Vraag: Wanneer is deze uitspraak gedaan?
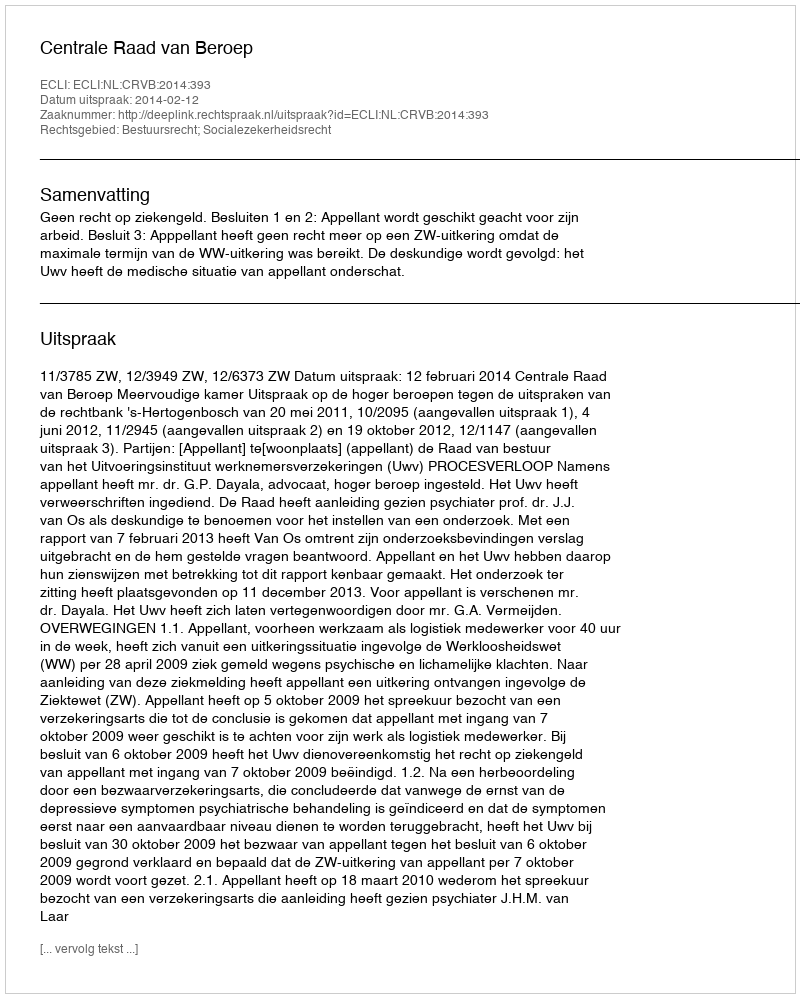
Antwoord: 2014-02-12